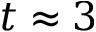
t \approx 3